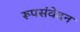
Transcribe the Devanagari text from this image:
रूपसंवेदन